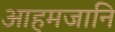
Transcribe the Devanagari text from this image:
आहमजानि